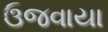
ઉજવાયા